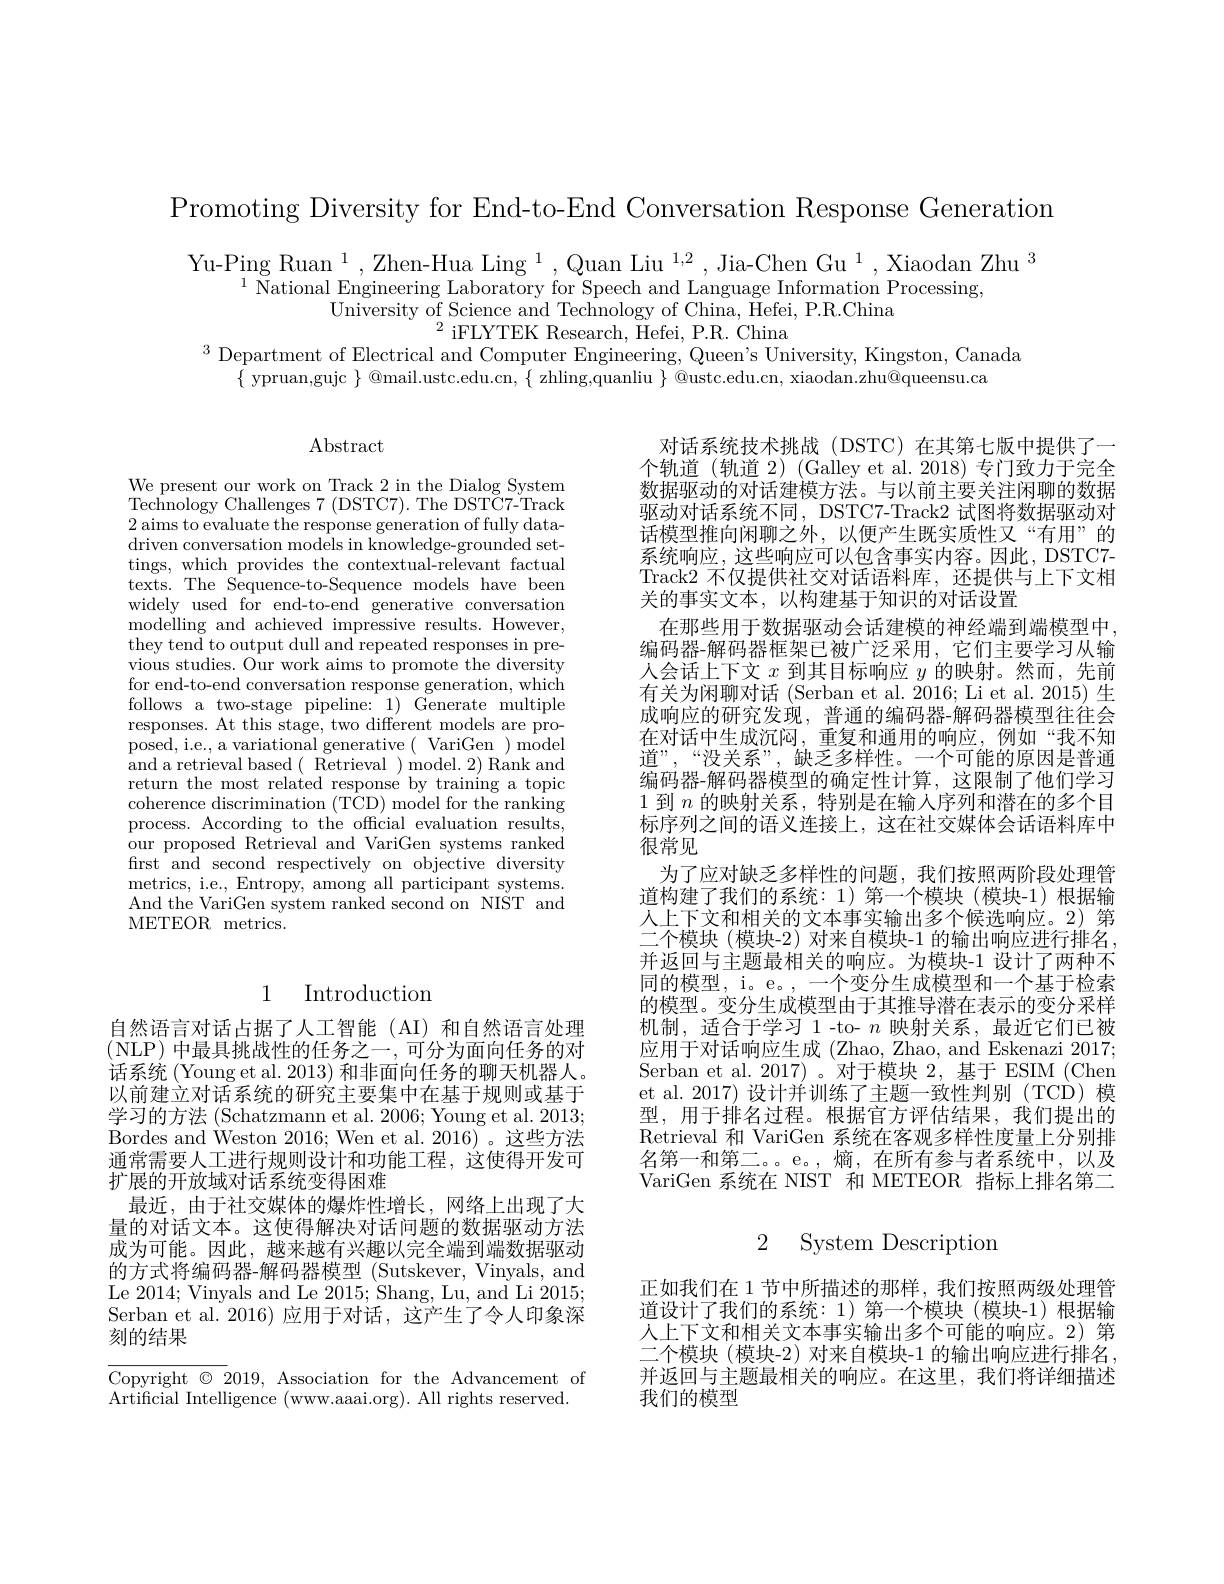
Promoting Diversity for End-to-End Conversation Response Generation

Yu-Ping Ruan $^1,\text{Zhen-Hua Ling}^{1},\text{Quan Liu}^{1,2}$,Jia-Chen Gu$^1,\text{Xiaodan Zhu}^{3}$
$^{1}$ National Engineering Laboratory for Speech and Language Information Processing,
University of Science and Technology of China, Hefei, P.R.China
$^{2}$iFLYTEK Research, Hefei, P.R. China
$^3$ Department of Electrical and Computer Engineering, Queen's University, Kingston, Canada
$\{$ ypruan,gujc $\}@$mail.ustc.edu.cn, $\{$ zhling,quanliu $\}$ @ustc.edu.cn, xiaodan.zhu@queensu.ca

## $\operatorname{Abstract}$

We present our work on Track 2 in the Dialog System Technology Challenges 7 (DSTC7). The DSTC7-Track 2 aims to evaluate the response generation of fully datadriven conversation models in knowledge-grounded settings, which provides the contextual-relevant factual texts. The Sequence-to-Sequence models have been widely used for end-to-end generative conversation modelling and achieved impressive results. However, they tend to output dull and repeated responses in previous studies. Our work aims to promote the diversity for end-to-end conversation response generation, which follows a two-stage pipeline: 1) Generate multiple responses. At this stage, two different models are proposed, i.e., a variational generative ( VariGen )model and a retrieval based ( Retrieval )model. 2) Rank and return the most related response by training a topic coherence discrimination (TCD) model for the ranking process. According to the official evaluation results, our proposed Retrieval and VariGen systems ranked first and second respectively on objective diversity metrics, i.e., Entropy, among all participant systems. And the VariGen system ranked second on NIST and METEOR metrics.

对话系统技术挑战(DSTC)在其第七版中提供了一个轨道(轨道 2) (Galley et al. 2018)专门致力于完全数据驱动的对话建模方法。与以前主要关注闲聊的数据驱动对话系统不同，DSTC7-Track2 试图将数据驱动对话模型推向闲聊之外，以便产生既实质性又“有用”的系统响应，这些响应可以包含事实内容。因此，DSTC7- Track2 不仅提供社交对话语料库，还提供与上下文相关的事实文本，以构建基于知识的对话设置
在那些用于数据驱动会话建模的神经端到端模型中编码器-解码器框架已被广泛采用，它们主要学习从输人会话上下文$x$到其目标响应$y$的映射。然而，先前有关为闲聊对话 (Serban et al. 2016; Li et al. 2015) 生成响应的研究发现，普通的编码器-解码器模型往往会在对话中生成沉闷，重复和通用的响应，例如“我不知道”,“没关系”,缺乏多样性。一个可能的原因是普通编码器-解码器模型的确定性计算，这限制了他们学习1 到$n$的映射关系，特别是在输人序列和潜在的多个目标序列之间的语义连接上，这在社交媒体会话语料库中很常见
为了应对缺乏多样性的问题，我们按照两阶段处理管道构建了我们的系统：1)第一个模块(模块-1)根据输人上下文和相关的文本事实输出多个候选响应。2) 第二个模块 (模块-2) 对来自模块-1 的输出响应进行排名， 并返回与主题最相关的响应。为模块-1 设计了两种不同的模型，i。e。, 一个变分生成模型和一个基于检索的模型。变分生成模型由于其推导潜在表示的变分采样机制，适合于学习 1-to- $n$映射关系，最近它们已被应用于对话响应生成 (Zhao, Zhao, and Eskenazi 2017; Serban et al. 2017)。对于模块 2,基于 ESIM (Chen et al. 2017) 设计并训练了主题一致性判别(TCD)模型，用于排名过程。根据官方评估结果，我们提出的Retrieval 和 VariGen 系统在客观多样性度量上分别排名第一和第二。e。,熵，在所有参与者系统中，以及VariGen 系统在 NIST 和 METEOR 指标上排名第二

## 1 Introduction

自然语言对话占据了人工智能(AI)和自然语言处理(NLP)中最具挑战性的任务之一，可分为面向任务的对话系统 (Young et al. 2013) 和非面向任务的聊天机器人。以前建立对话系统的研究主要集中在基于规则或基于学习的方法 (Schatzmann et al. 2006; Young et al. 2013; Bordes and Weston 2016; Wen et al. 2016)。这些方法通常需要人工进行规则设计和功能工程，这使得开发可扩展的开放域对话系统变得困难
最近，由于社交媒体的爆炸性增长，网络上出现了大量的对话文本。这使得解决对话问题的数据驱动方法成为可能。因此，越来越有兴趣以完全端到端数据驱动的方式将编码器-解码器模型 (Sutskever, Vinyals, and Le 2014; Vinyals and Le 2015; Shang, Lu, and Li 2015; Serban et al. 2016) 应用于对话，这产生了令人印象深刻的结果

2 System Description

正如我们在 1 节中所描述的那样，我们按照两级处理管道设计了我们的系统：1) 第一个模块(模块-1)根据输人上下文和相关文本事实输出多个可能的响应。2) 第二个模块 (模块-2) 对来自模块-1 的输出响应进行排名并返回与主题最相关的响应。在这里，我们将详细描述我们的模型

Copyright $\otimes2019$, Association for the Advancement of
Artificial Intelligence (www.aaai.org). All rights reserved.